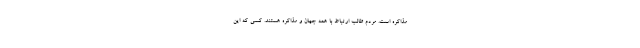
مذاکره است. مردم طالب ارتباط با همه جهان و مذاکره هستند. کسی که این